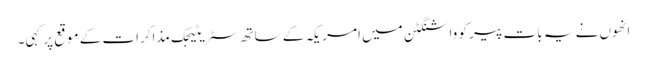
انھوں نے یہ بات پیر کو واشنگٹن میں امریکہ کے ساتھ سٹریٹیجک مذاکرات کے موقع پر کہی۔